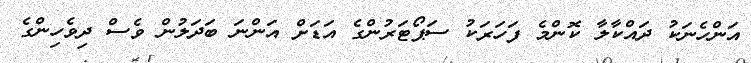
އަންހެނަކު ދައްކާލާ ކޮންމެ ފަހަރަކު ސަޕޯޓަރުންގެ އަޑަށް އަންނަ ބަދަލުން ވެސް ދިވެހިންގެ